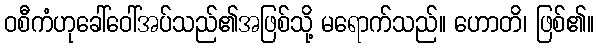
ဝစီကံဟုခေါ်ဝေါ်အပ်သည်၏အဖြစ်သို့ မရောက်သည်။ ဟောတိ၊ ဖြစ်၏။